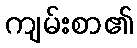
ကျမ်းစာ၏